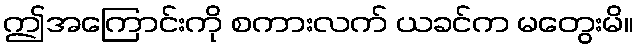
ဤအကြောင်းကို စကားလက် ယခင်က မတွေးမိ။